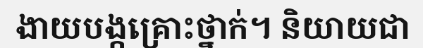
ងាយបង្កគ្រោះថ្នាក់។ និយាយជា